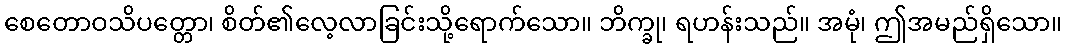
စေတောဝသိပတ္တော၊ စိတ်၏လေ့လာခြင်းသို့ရောက်သော။ ဘိက္ခု၊ ရဟန်းသည်။ အမုံ၊ ဤအမည်ရှိသော။